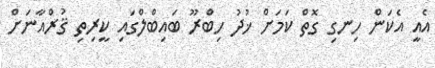
އެއީ އެކަން ހިނގި ގޮތް ކަމަށް ޚުދު ހިބްރޫ ބައިބްލްގައި ކީރިތި ޤުރްއާނަށް